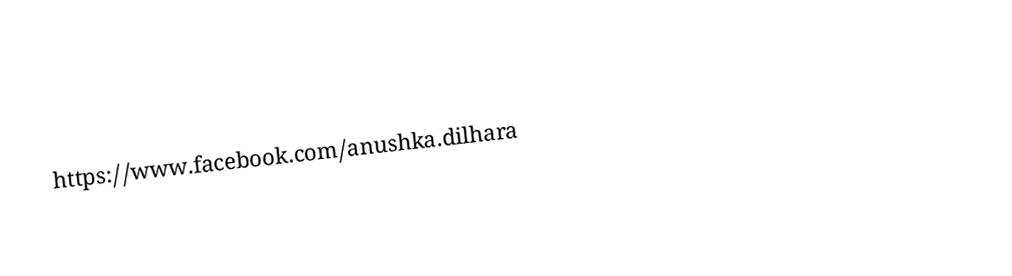
https://www.facebook.com/anushka.dilhara